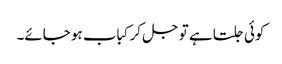
کوئی جلتا ہے تو جل کر کباب ہو جائے۔